King Institute of Preventive Medicine Micro-Biological Section reports 1909-11
Year: 1909
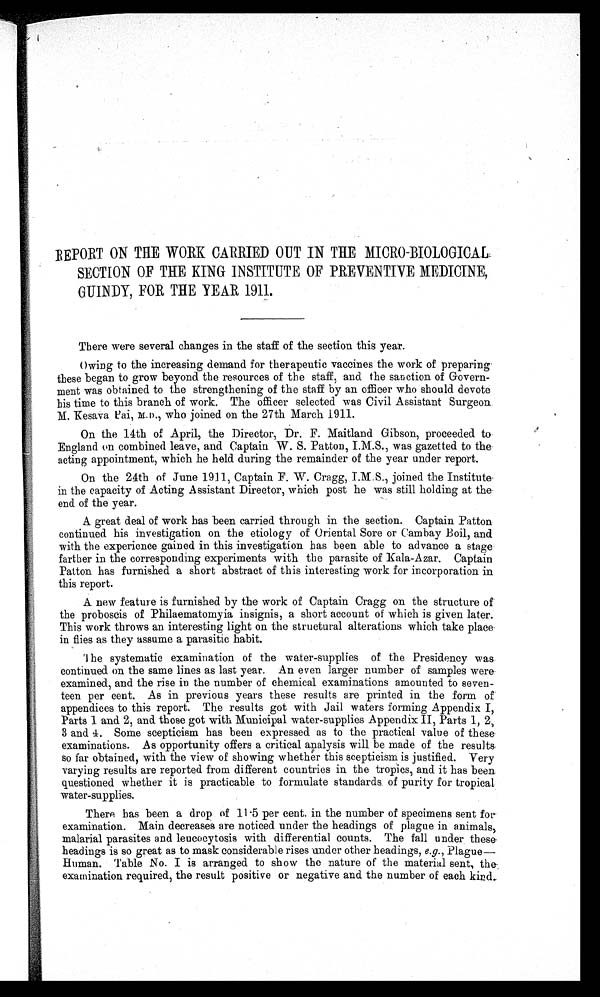
REPORT ON THE WORK CARRIED OUT IN THE MICRO—BIOLOGICAL
SECTION OF THE KING INSTITUTE OF PREVENTIVE MEDICINE,
GUINDY, FOR THE YEAR 1911.
There were several changes in the staff of the section this year.
Owing to the increasing demand for therapeutic vaccines the work of preparing
these began to grow beyond the resources of the staff, and the sanction of Govern-
- m e n t w a s o b t a i n e d t o t h e s t r e n g t h e n i n g o f t h e s t a f f b y a n o f f i c e r w h o s h o u l d d e v o t e
his time to this branch of work. The officer selected was Civil Assistant Surgeon .
M. Kesava Pai, M.D., who joined on the 27th March 1911.
On the 14th of April, the Director, Dr. F. Maitland Gibson, proceeded to
England on combined leave, and Captain W. S. Patton, I.M.S., was gazette to the
acting appointment, which he held during the remainder of the year under report.
On the 24th of June 1911, Captain F. W. Cragg, I.M.S., joined the Institute
in the capacity of Acting Assistant Director, which post he was still holding at the
end of the year.
A great deal of work has been carried through in the section. Captain Patton
continued his investigation on the etiology of Oriental Sore or Cambay Boil, and
with the experience gained in this investigation has been able to advance a stage
farther in the corresponding experiments with the parasite of Kala-Azar. Captain
Patton has furnished a short abstract of this interesting work for incorporation in
this report.
A new feature is furnished by the work of Captain Cragg on the structure of
the proboscis of Philaematomyia insignis, a short account of which is given later.
This work throws an interesting light on the structural alterations which take place
in flies as they assume a parasitic habit.
The systematic examination of the water-supplies of the Presidency was
continued on the same lines as last year. An even larger number of samples were
examined, and the rise in the number of chemical examinations amounted to seven-
- t e e n p e r c e n t . A s i n p r e v i o u s y e a r s t h e s e r e s u l t s a r e p r i n t e d i n t h e f o r m o f
appendices to this report. The results got with Jail waters forming Appendix I,
Parts 1 and 2, and those got with Municipal water-supplies Appendix II, Parts 1, 2,
3 and 4. Some scepticism has been expressed as to the practical value of these
examinations. As opportunity offers a critical analysis will be made of the
r e s u l t s s o
f o r
o b t a i n e d , w i t h t h e v i e w o f s h o w i n g w h e t h e r t h i s s c e p t i c i s m i s j u s t i f i e d . V e r y
varying results are reported from different countries in. the tropics, and it has been
questioned whether it is practicable to formulate standards of purity for tropical
water-supplies.
There has been a drop of 11·5 per cent. in the number of specimens sent for
examination. Main decreases are noticed under the headings of plague in animals,
malarial parasites and leucocytosis with differential counts. The fall under these
headings is so great as to mask considerable rises under other headings, e.g., Plague—
Human. Table No. I is arranged to show the nature of the material sent, the
examination required, the result positive or negative and the number of each kind.